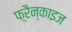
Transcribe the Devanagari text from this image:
फ़्रैन्काइज